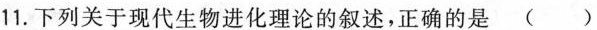
11.下列关于现代生物进化理论的叙述，正确的是( )